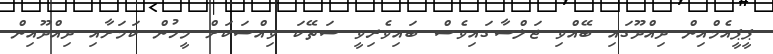
ޕީޕީއެމްއިން ދިއްދޫގައި ބޭއްވި ޖަލްސާގައިވެސް ބައިވެރިވީ ސަތޭކަ ވިއްސަކަށް މީހުން ކަމަށާއި ދިއްދޫއިން